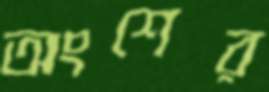
অংশের